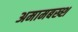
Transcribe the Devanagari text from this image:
अमामबख्श